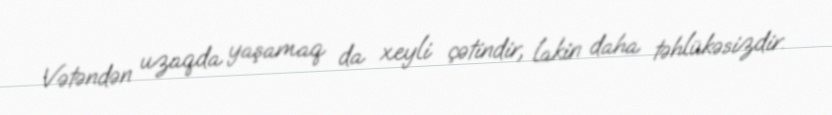
Vətəndən uzaqda yaşamaq da xeyli çətindir, lakin daha təhlükəsizdir.